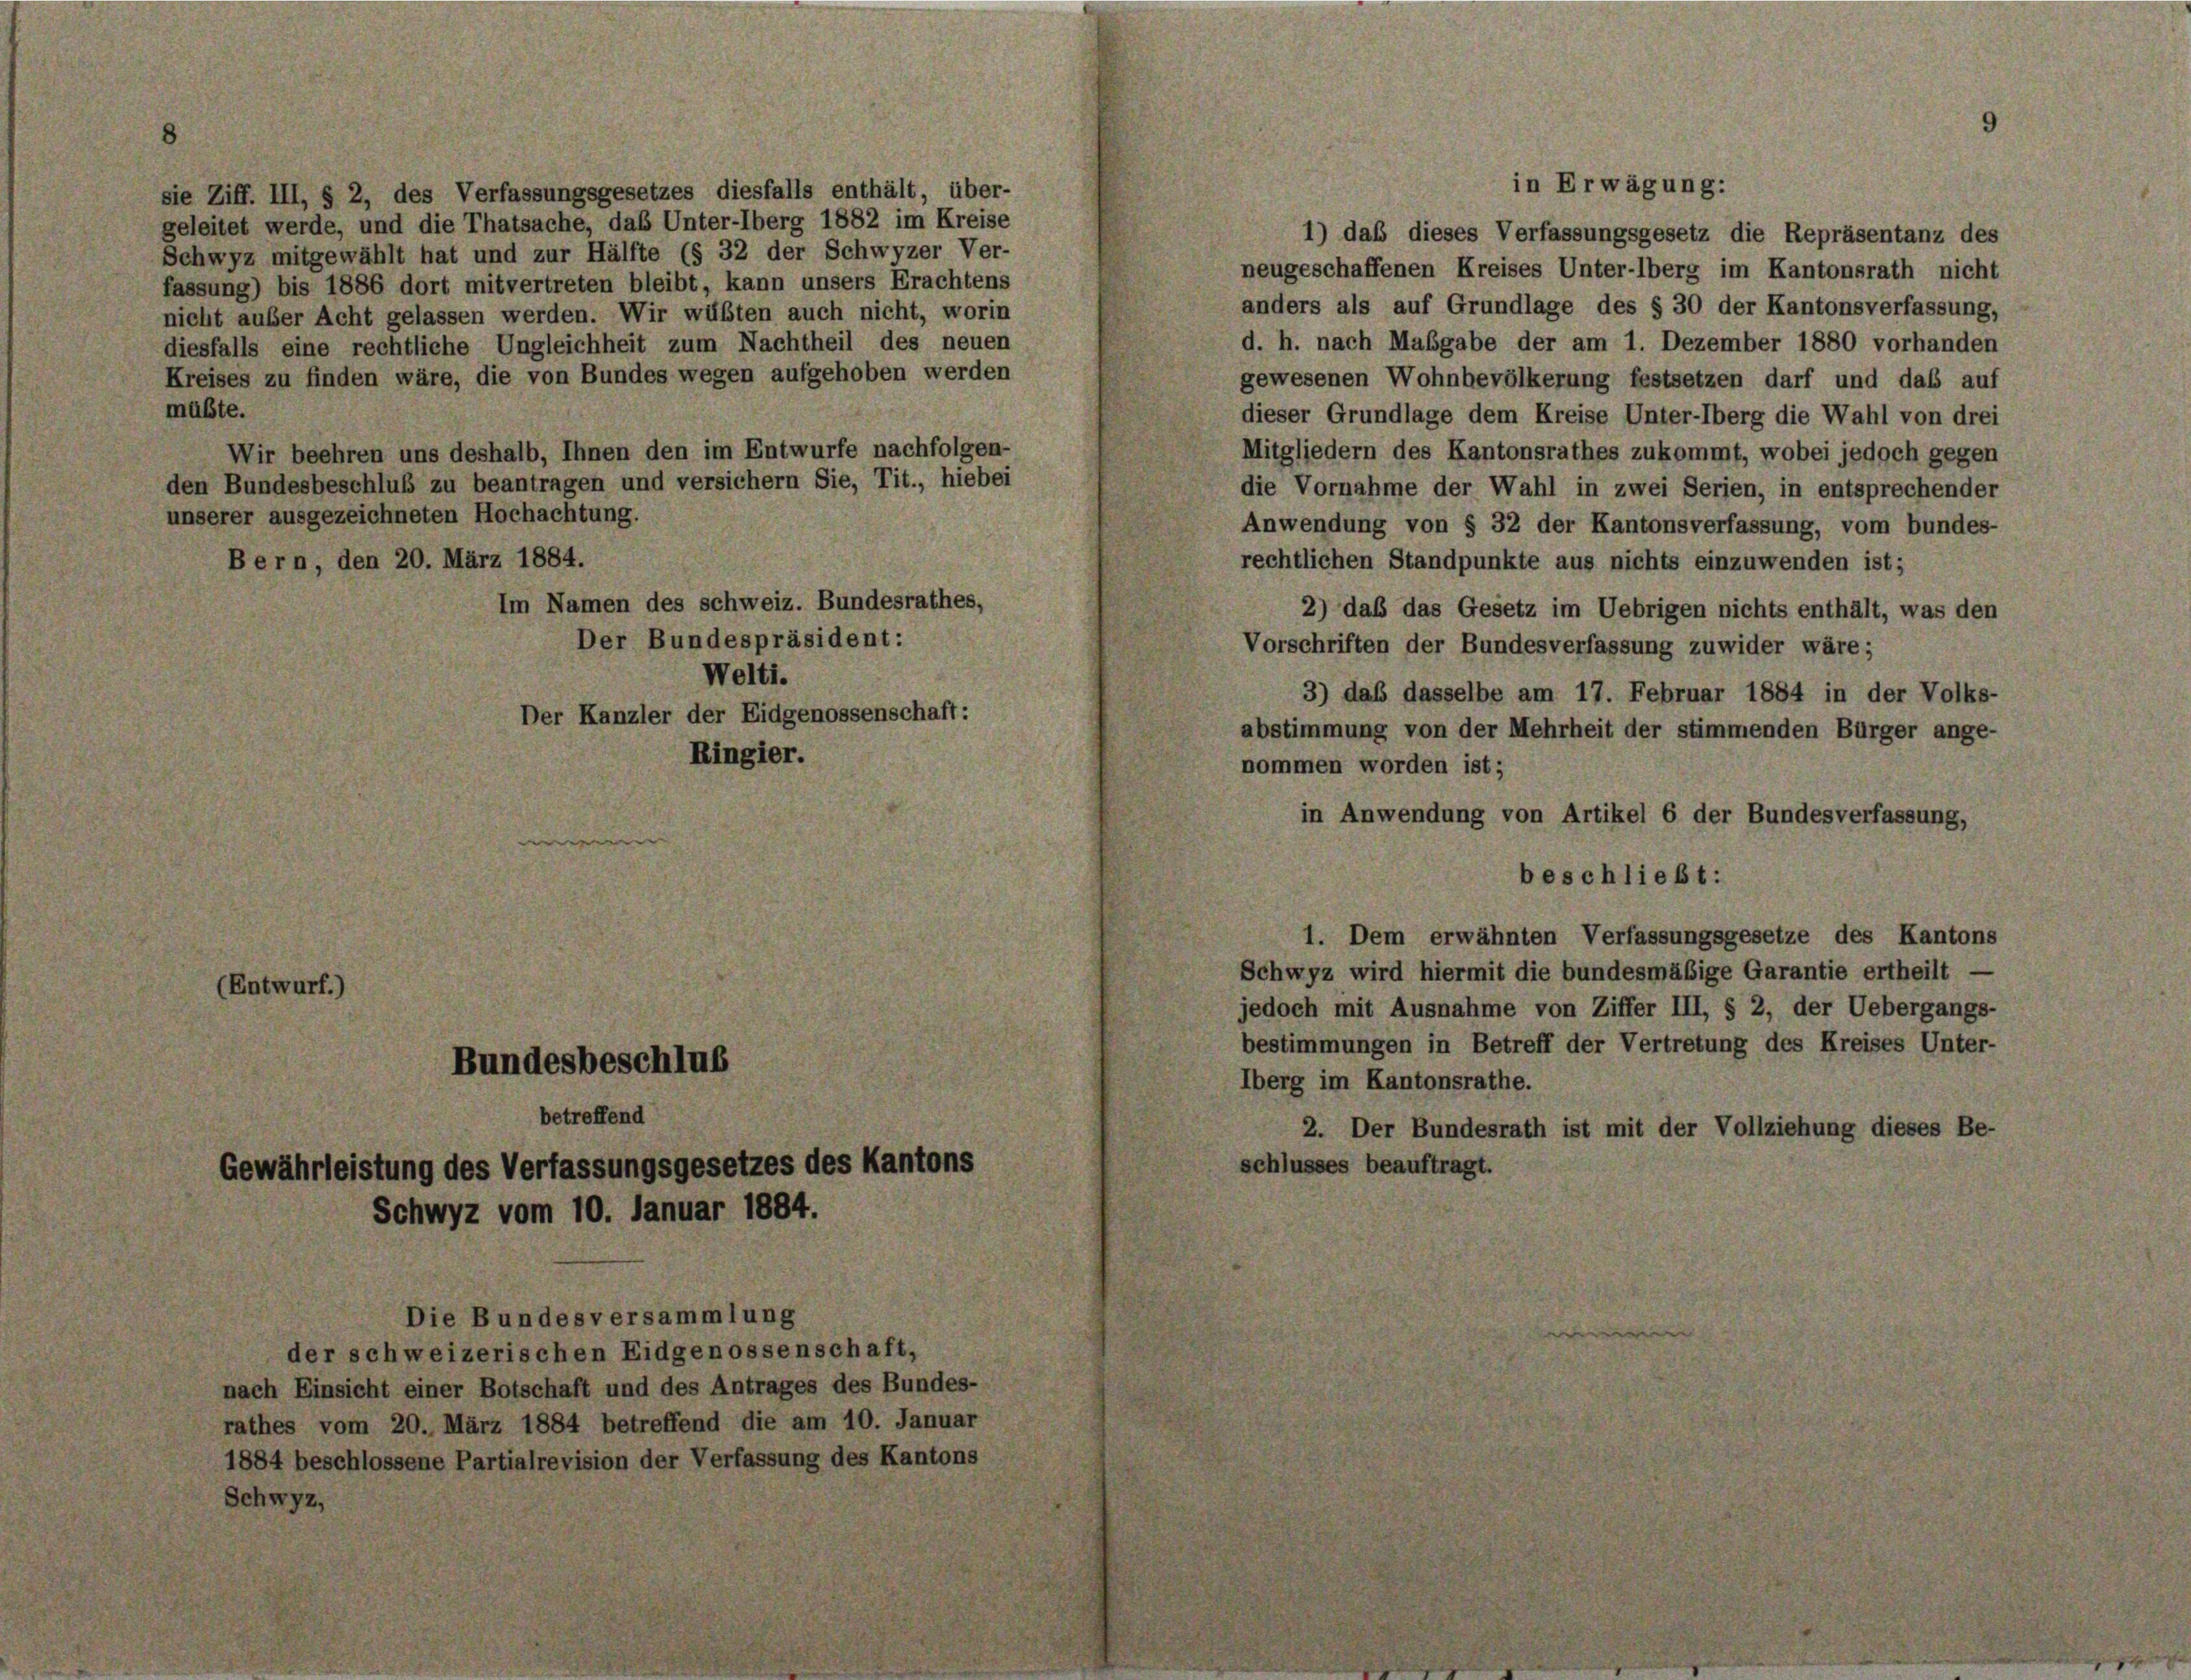
sie Ziff. III, § 2, des Verfassungsgesetzes diesfalls enthält, über-
geleitet werde, und die Thatsache, das Unter-lberg 1882 im Kreise
Schwyz mitgewählt hat und zur Hälfte (§ 32 der Schwyzer Ver-
fassung) bis 1886 dort mitvertreten bleibt, kann unsers Erachtens
nicht außer Acht gelassen werden. Wir wüßten auch nicht, worin
diesfalls eine rechtliche Ungleichheit zum Nachtheil des neuen
Kreises zu finden wäre, die von Bundes wegen aufgehoben werden
müßte.
Wir beehren uns deshalb, Ihnen den im Entwurfe nachfolgen-
den Bundesbeschluß zu beantragen und versichern Sie, Tit., hiebei
unserer ausgezeichneten Hochachtung.

“

I

0. I

19 des Vertr

12

rz 186

Im Namen des schweiz. Bundesrathes
Der Bundespräsident:

Der Kanzler der E

d

Die Bundesversa
schweizerischen Eidgenossenschaft,

gsgese

1 des Antrages des Bundes

Erwägu

1) daß dieses Verfassungsgesetz die Repräsentanz des
neugeschaffenen Kreises Unter-lberg im Kantonsrath nicht
anders als auf Grundlage des § 30 der Kantonsverfassung,
d. h. nach Maßgabe der am 1. Dezember 1880 vorhanden
gewesenen Wohnbevölkerung festsetzen darf und das auf
dieser Grundlage dem Kreise Unter-Oberg die Wahl von drei
Mitgliedern des Kantonsrathes zukommt, wobei jedoch gegen
die Vornahme der Wahl in zwei Serien, in entsprechender
Anwendung von § 32 der Kantonsverfassung, vom bundes-
rechtlichen Standpunkte aus nichts einzuwenden ist;
2) daß das Gesetz im Uebrigen nichts enthält, was den
Vorschriften der Bundesverfassung zuwider wäre;
3) daß dasselbe am 17. Februar 1884 in der Volks-
abstimmung von der Mehrheit der stimmenden Bürger ange-
nommen worden ist;
in Anwendung von Artikel 6 der Bundesverfassung,
beschließt:
1. Dem erwähnten Verfassungsgesetze des Kantons
Schwyz wird hiermit die bundesmäßige Garantie ertheilt —
jedoch mit Ausnahme von Ziffer III, § 2, der Uebergangs-
bestimmungen in Betreff der Vertretung des Kreises Unter-
Iberg im Kantonsrathe.
2. Der Bundesrath ist mit der Vollziehung dieses Be-
schlusses beauftragt.